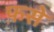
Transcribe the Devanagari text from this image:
फ़से